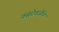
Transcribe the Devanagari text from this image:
वसुदेवजीने